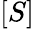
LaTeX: [S]